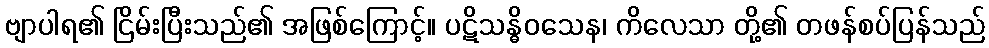
ဗျာပါရ၏ ငြိမ်းပြီးသည်၏ အဖြစ်ကြောင့်။ ပဋိသန္ဓိဝသေန၊ ကိလေသာ တို့၏ တဖန်စပ်ပြန်သည်